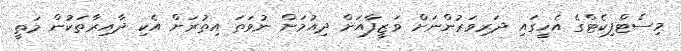
މިސެޓްފިކެޓްގެ އެހީގައި ދަރިވަރުންނަށް ވަޒީފާއަށް ދިއުމަށް ނުވަތަ އިތުރަށް އެކި ދާއިރާތަކުން މަތީ